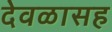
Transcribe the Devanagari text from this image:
देवळासह